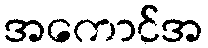
အကောင်အ